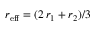
r _ { \mathrm { e f f } } = ( 2 \, r _ { 1 } + r _ { 2 } ) / 3